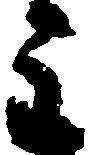
主